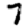
Digit: 7